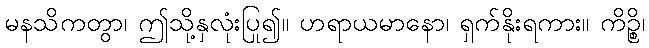
မနသိကတွာ၊ ဤသို့နှလုံးပြု၍။ ဟရာယမာနော၊ ရှက်နိုးရကား။ ကိဉ္စိ၊